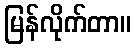
မြန်လိုက်တာ။